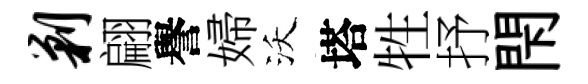
剿翩譽婦沃塔牲抒閇